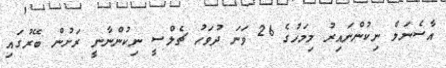
އާސެނަލް ނިކުންނައިރު މިމަހުގެ 26 ވަނަ ދުވަހު ޗެލްސީ ނިކުންނާނީ ރަށުން ބޭރުގައި